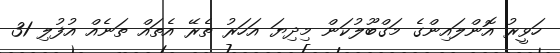
ހަވީރު އޮންލައިންގެ މަގްބޫލުކަން މިދިޔަ އަހަރު ތެރޭ އެތައް ތަނެއް އުފުލި 31